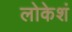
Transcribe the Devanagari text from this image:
लोकेशं